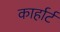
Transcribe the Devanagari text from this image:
कार्हार्ट